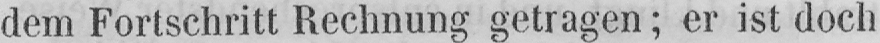
dem Fortschritt Rechnung getragen; er ist doch